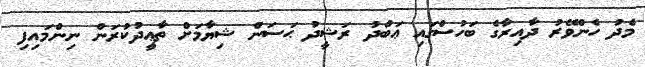
މެދު ހެންވޭރު ދާއިރާގެ ބަހުސްގައި ޢަބްދު ރަޝީދު ޙަސަން ޝިޔާމަށް ތާޢީދުކުރަން ނިންމައިފި